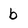
Character: b